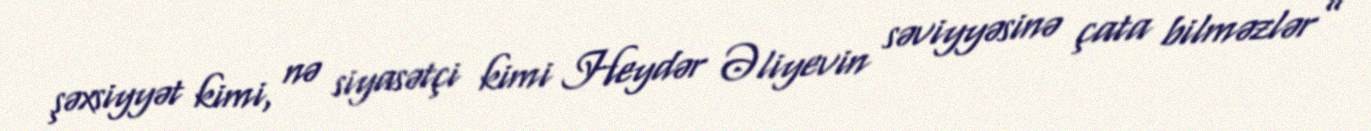
şəxsiyyət kimi, nə siyasətçi kimi Heydər Əliyevin səviyyəsinə çata bilməzlər”